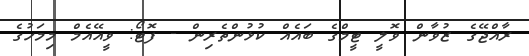
ރާއްޖޭގެ ޒުވާން ވޮލީ ޓީމްގެ ބައެއް ކުޅުންތެރިން - ފޮޓޯ: ވީއޭއެމް މިމަހުގެ